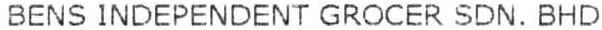
BENS INDEPENDENT GROCER SDN. BHD